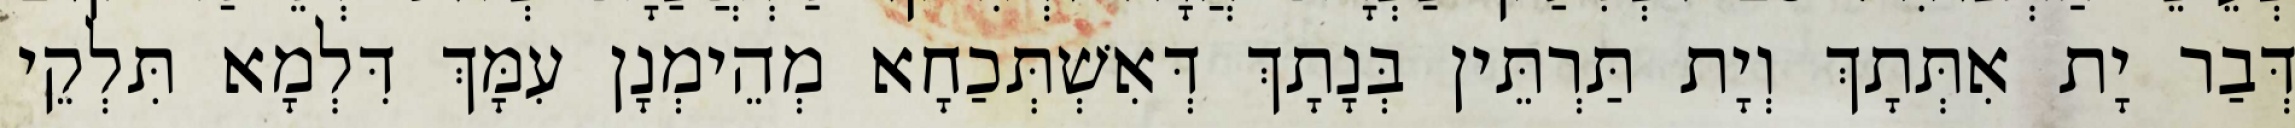
דְּבַר יָת אִתְּתָךְ וְיָת תַּרְתֵּין בְּנָתָךְ דְּאִשְׁתְּכַחָא מְהֵימְנָן עִמָּךְ דִּלְמָא תִּלְקֵי